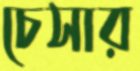
চেসার